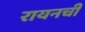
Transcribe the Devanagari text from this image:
रायनची